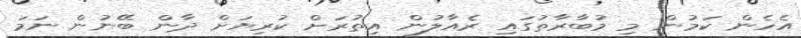
އެހެން ކަމުން މި މުބާރާތުގައި ރެއާލުން އިތުރަށް ކުރިޔަށް ދާން ބޭނުން ނަމަ